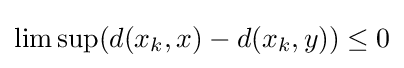
\limsup(d(x_{k},x)-d(x_{k},y))\leq 0